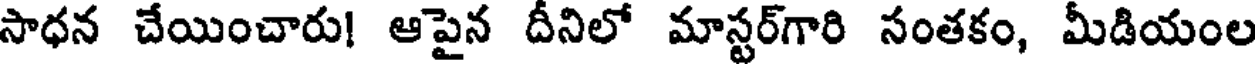
సాధన చేయించారు! ఆపైన దీనిలో మాస్టర్గారి సంతకం, మీడియంల